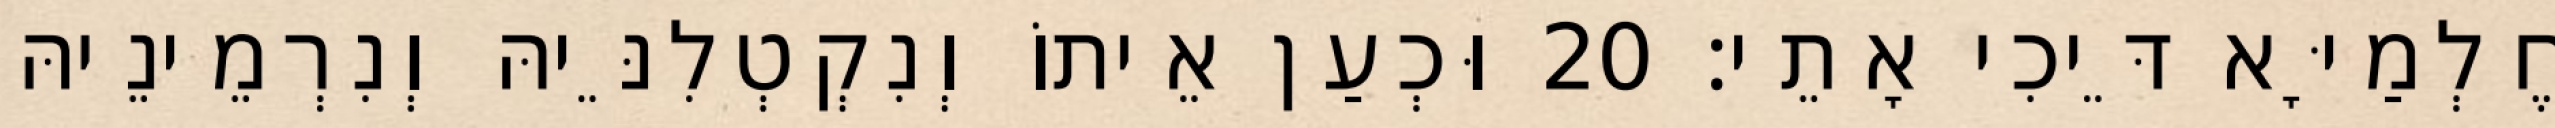
חֶלְמַיָּא דֵּיכִי אָתֵי׃ 20 וּכְעַן אֵיתוֹ וְנִקְטְלִנֵּיהּ וְנִרְמֵינֵיהּ